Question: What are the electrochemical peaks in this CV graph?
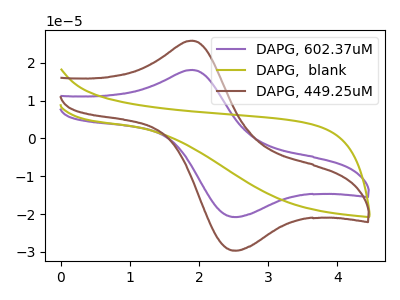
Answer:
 <answer>The purple curve "DAPG, 602.37uM" has an anodic peak at (1.90V, 18.10uA) and a cathodic peak at (2.55V, -20.80uA). The olive curve "DAPG,  blank" has no peaks. The brown curve "DAPG, 449.25uM" has an anodic peak at (1.90V, 25.85uA) and a cathodic peak at (2.55V, -29.65uA).</answer>
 <eval></eval>